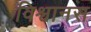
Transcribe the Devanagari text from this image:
विश्वानस